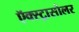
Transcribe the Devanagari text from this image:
ऍक्स्ट्रासोलर